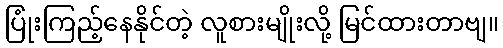
ပြုံးကြည့်နေနိုင်တဲ့ လူစားမျိုးလို့ မြင်ထားတာဗျ။